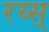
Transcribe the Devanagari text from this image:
रय्स्